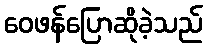
ဝေဖန်ပြောဆိုခဲ့သည်